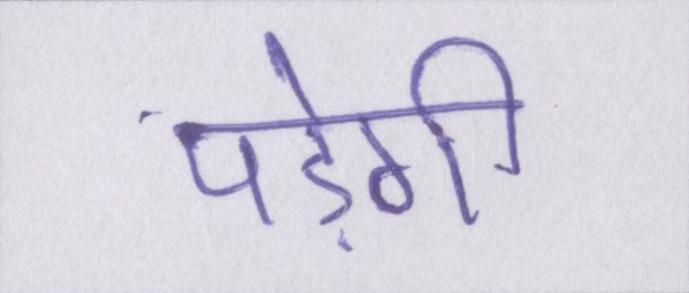
पड़ेगी